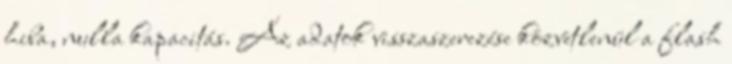
hiba, nulla kapacitás. Az adatok visszaszerezése közvetlenül a flash